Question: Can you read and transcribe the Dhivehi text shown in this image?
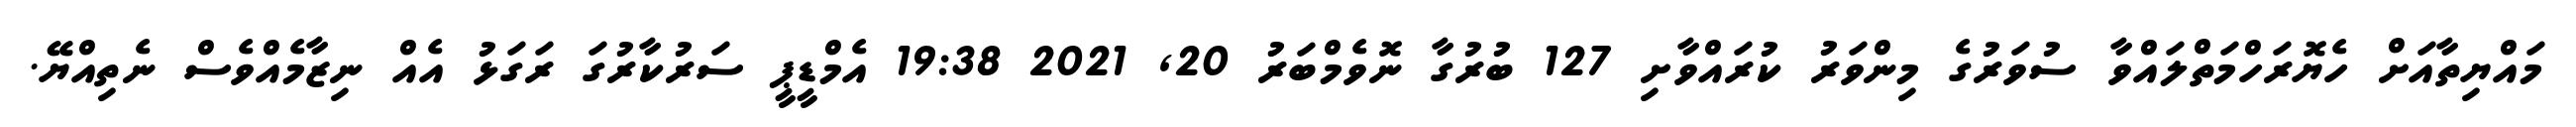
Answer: މައްޔިތާއަށް ހެޔޮރަހްމަތްލައްވާ ސުވަރުގެ މިންވަރު ކުރައްވާށި 127 ބުރުގާ ނޮވެމްބަރު 20, 2021 19:38 އެމްޑީޕީ ސަރުކާރުގަ ރަގަޅު އެއް ނިޒާމެއްވެސް ނެތިއްޔޭ.